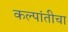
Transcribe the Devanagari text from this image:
कल्पांतीचा